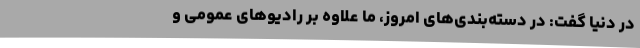
در دنیا گفت: در دسته‌بندی‌های امروز، ما علاوه بر رادیوهای عمومی و